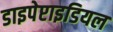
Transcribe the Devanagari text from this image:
डाइपेप्टाइडियल